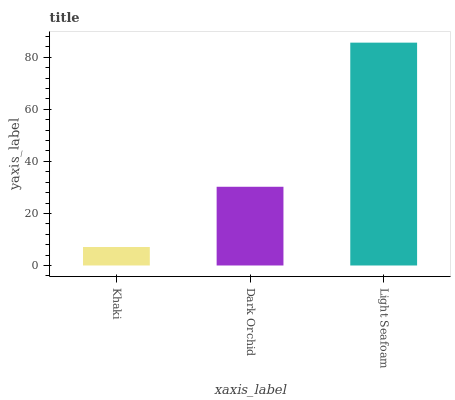
| xaxis_label | bars |
 | --- | --- |
 | Khaki | 7.11 |
 | Dark Orchid | 30.3 |
 | Light Seafoam | 85.6 |